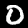
Digit: 0